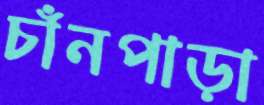
চাঁনপাড়া